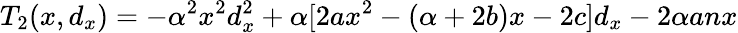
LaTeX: T_{2}(x,d_{x})=-\alpha^{2}x^{2}d_{x}^{2}+\alpha[2ax^{2}-(\alpha+2b)x-2c]d_{x}-2\alpha anx